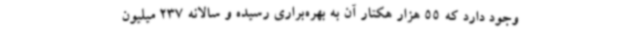
وجود دارد که 55 هزار هکتار آن به بهره‌براری رسیده و سالانه 237 میلیون